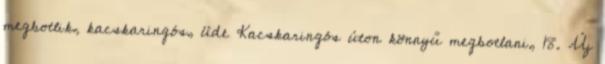
megbotlik, kacskaringós, üde Kacskaringós úton könnyű megbotlani, 18. Új